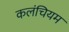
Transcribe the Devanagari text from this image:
कलंचियम